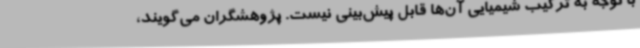
با توجه به ترکیب شیمیایی آن‌ها قابل پیش‌بینی نیست. پژوهشگران می‌گویند،